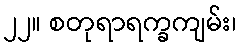
၂၂။ စတုရာရက္ခကျမ်း၊